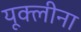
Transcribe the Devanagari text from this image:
यूक्लीना